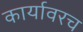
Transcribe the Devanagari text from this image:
कार्यावरच